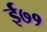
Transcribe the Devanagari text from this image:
ई७१